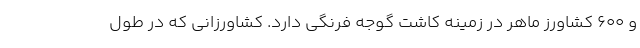
و ۶۰۰ کشاورز ماهر در زمینه کاشت گوجه فرنگی دارد. کشاورزانی که در طول